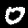
Digit: 0